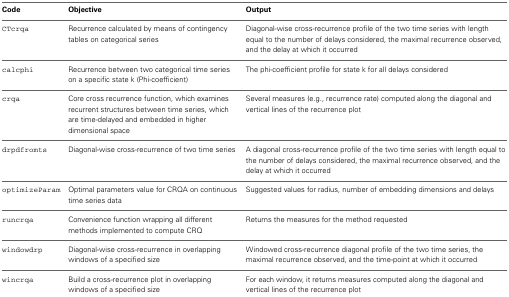
<table><thead><tr><td><b>Code</b></td><td><b>Objective</b></td><td><b>Output</b></td></tr></thead><tbody><tr><td>CTcrqa</td><td>Recurrence calculated by means of contingency tables on categorical series</td><td>Diagonal-wise cross-recurrence profile of the two time series with length equal to the number of delays considered, the maximal recurrence observed, and the delay at which it occurred</td></tr><tr><td>calcphi</td><td>Recurrence between two categorical time series on a specific state k (Phi-coefficient)</td><td>The phi-coefficient profile for state k for all delays considered</td></tr><tr><td>crqa</td><td>Core cross recurrence function, which examines recurrent structures between time series, which are time-delayed and embedded in higher dimensional space</td><td>Several measures (e.g., recurrence rate) computed along the diagonal and vertical lines of the recurrence plot</td></tr><tr><td>drpdfromts</td><td>Diagonal-wise cross-recurrence of two time series</td><td>A diagonal cross-recurrence profile of the two time series with length equal to the number of delays considered, the maximal recurrence observed, and the delay at which it occurred</td></tr><tr><td>optimizeParam</td><td>Optimal parameters value for CRQA on continuous time series data</td><td>Suggested values for radius, number of embedding dimensions and delays</td></tr><tr><td>runcrqa</td><td>Convenience function wrapping all different methods implemented to compute CRQ</td><td>Returns the measures for the method requested</td></tr><tr><td>windowdrp</td><td>Diagonal-wise cross-recurrence in overlapping windows of a specified size</td><td>Windowed cross-recurrence diagonal profile of the two time series, the maximal recurrence observed, and the time-point at which it occurred</td></tr><tr><td>wincrqa</td><td>Build a cross-recurrence plot in overlapping windows of a specified size</td><td>For each window, it returns measures computed along the diagonal and vertical lines of the recurrence plot</td></tr></tbody></table>